Indian journal of veterinary science and animal husbandry - Volume 5,
Year: 1935
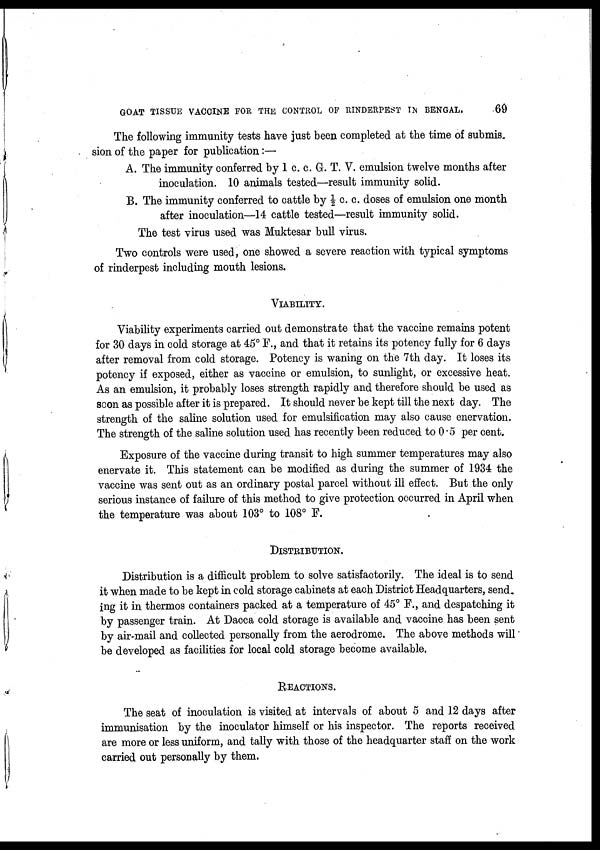
GOAT TISSUE VACCINE FOR THE CONTROL OF RINDERPEST IN BENGAL.
69
The following immunity tests have just been completed at the time of submis.
sion of the paper for publication:—
A. The immunity conferred by 1 c. c. G. T. V. emulsion twelve months after
inoculation. 10 animals tested—result immunity solid.
B. The immunity conferred to cattle by ½ c. c. doses of emulsion one month
after inoculation—14 cattle tested—result immunity solid.
The test virus used was Muktesar bull virus.
Two controls were used, one showed a severe reaction with typical symptoms
of rinderpest including mouth lesions.
VIABILITY.
Viability experiments carried out demonstrate that the vaccine remains potent
for 30 days in cold storage at 45° F., and that it retains its potency fully for 6 days
after removal from cold storage. Potency is waning on the 7th day. It loses its
potency if exposed, either as vaccine or emulsion, to sunlight, or excessive heat.
As an emulsion, it probably loses strength rapidly and therefore should be used as
soon as possible after it is prepared. It should never be kept till the next day. The
strength of the saline solution used for emulsification may also cause enervation.
The strength of the saline solution used has recently been reduced to 0.5 per cent.
Exposure of the vaccine during transit to high summer temperatures may also
enervate it. This statement can be modified as during the summer of 1934 the
vaccine was sent out as an ordinary postal parcel without ill effect. But the only
serious instance of failure of this method to give protection occurred in April when
the temperature was about 103° to 108° F.
DISTRIBUTION.
Distribution is a difficult problem to solve satisfactorily. The ideal is to send
it when made to be kept in cold storage cabinets at each District Headquarters, send-
ing it in thermos containers packed at a temperature of 45° F., and despatching it
by passenger train. At Dacca cold storage is available and vaccine has been sent
by air-mail and collected personally from the aerodrome. The above methods will
be developed as facilities for local cold storage become available.
REACTIONS.
The seat of inoculation is visited at intervals of about 5 and 12 days after
immunisation by the inoculator himself or his inspector. The reports received
are more or less uniform, and tally with those of the headquarter staff on the work
carried out personally by them.